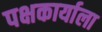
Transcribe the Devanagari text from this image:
पक्षकार्याला